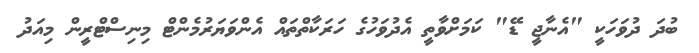
ބުދަ ދުވަހަކީ "އެނާޖީ ޑޭ" ކަމަށްވާތީ އެދުވަހުގެ ހަރަކާތްތައް އެންވަޔަރުމެންޓް މިނިސްޓްރީން މިއަދު